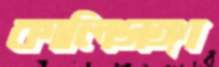
কালিগঙ্গা